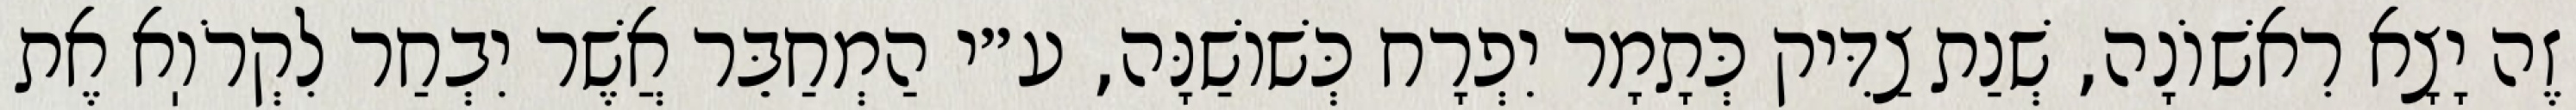
זֶה יָצָא רִאשׁוֹנָה, שְׁנַת צַדִּיק כְּתָמָר יִפְרָח כְּשׁוֹשַׁנָּה, ע״י הַמְחַבֵּר אֲשֶׁר יִבְחַר לִקְרֹוֽא אֶת